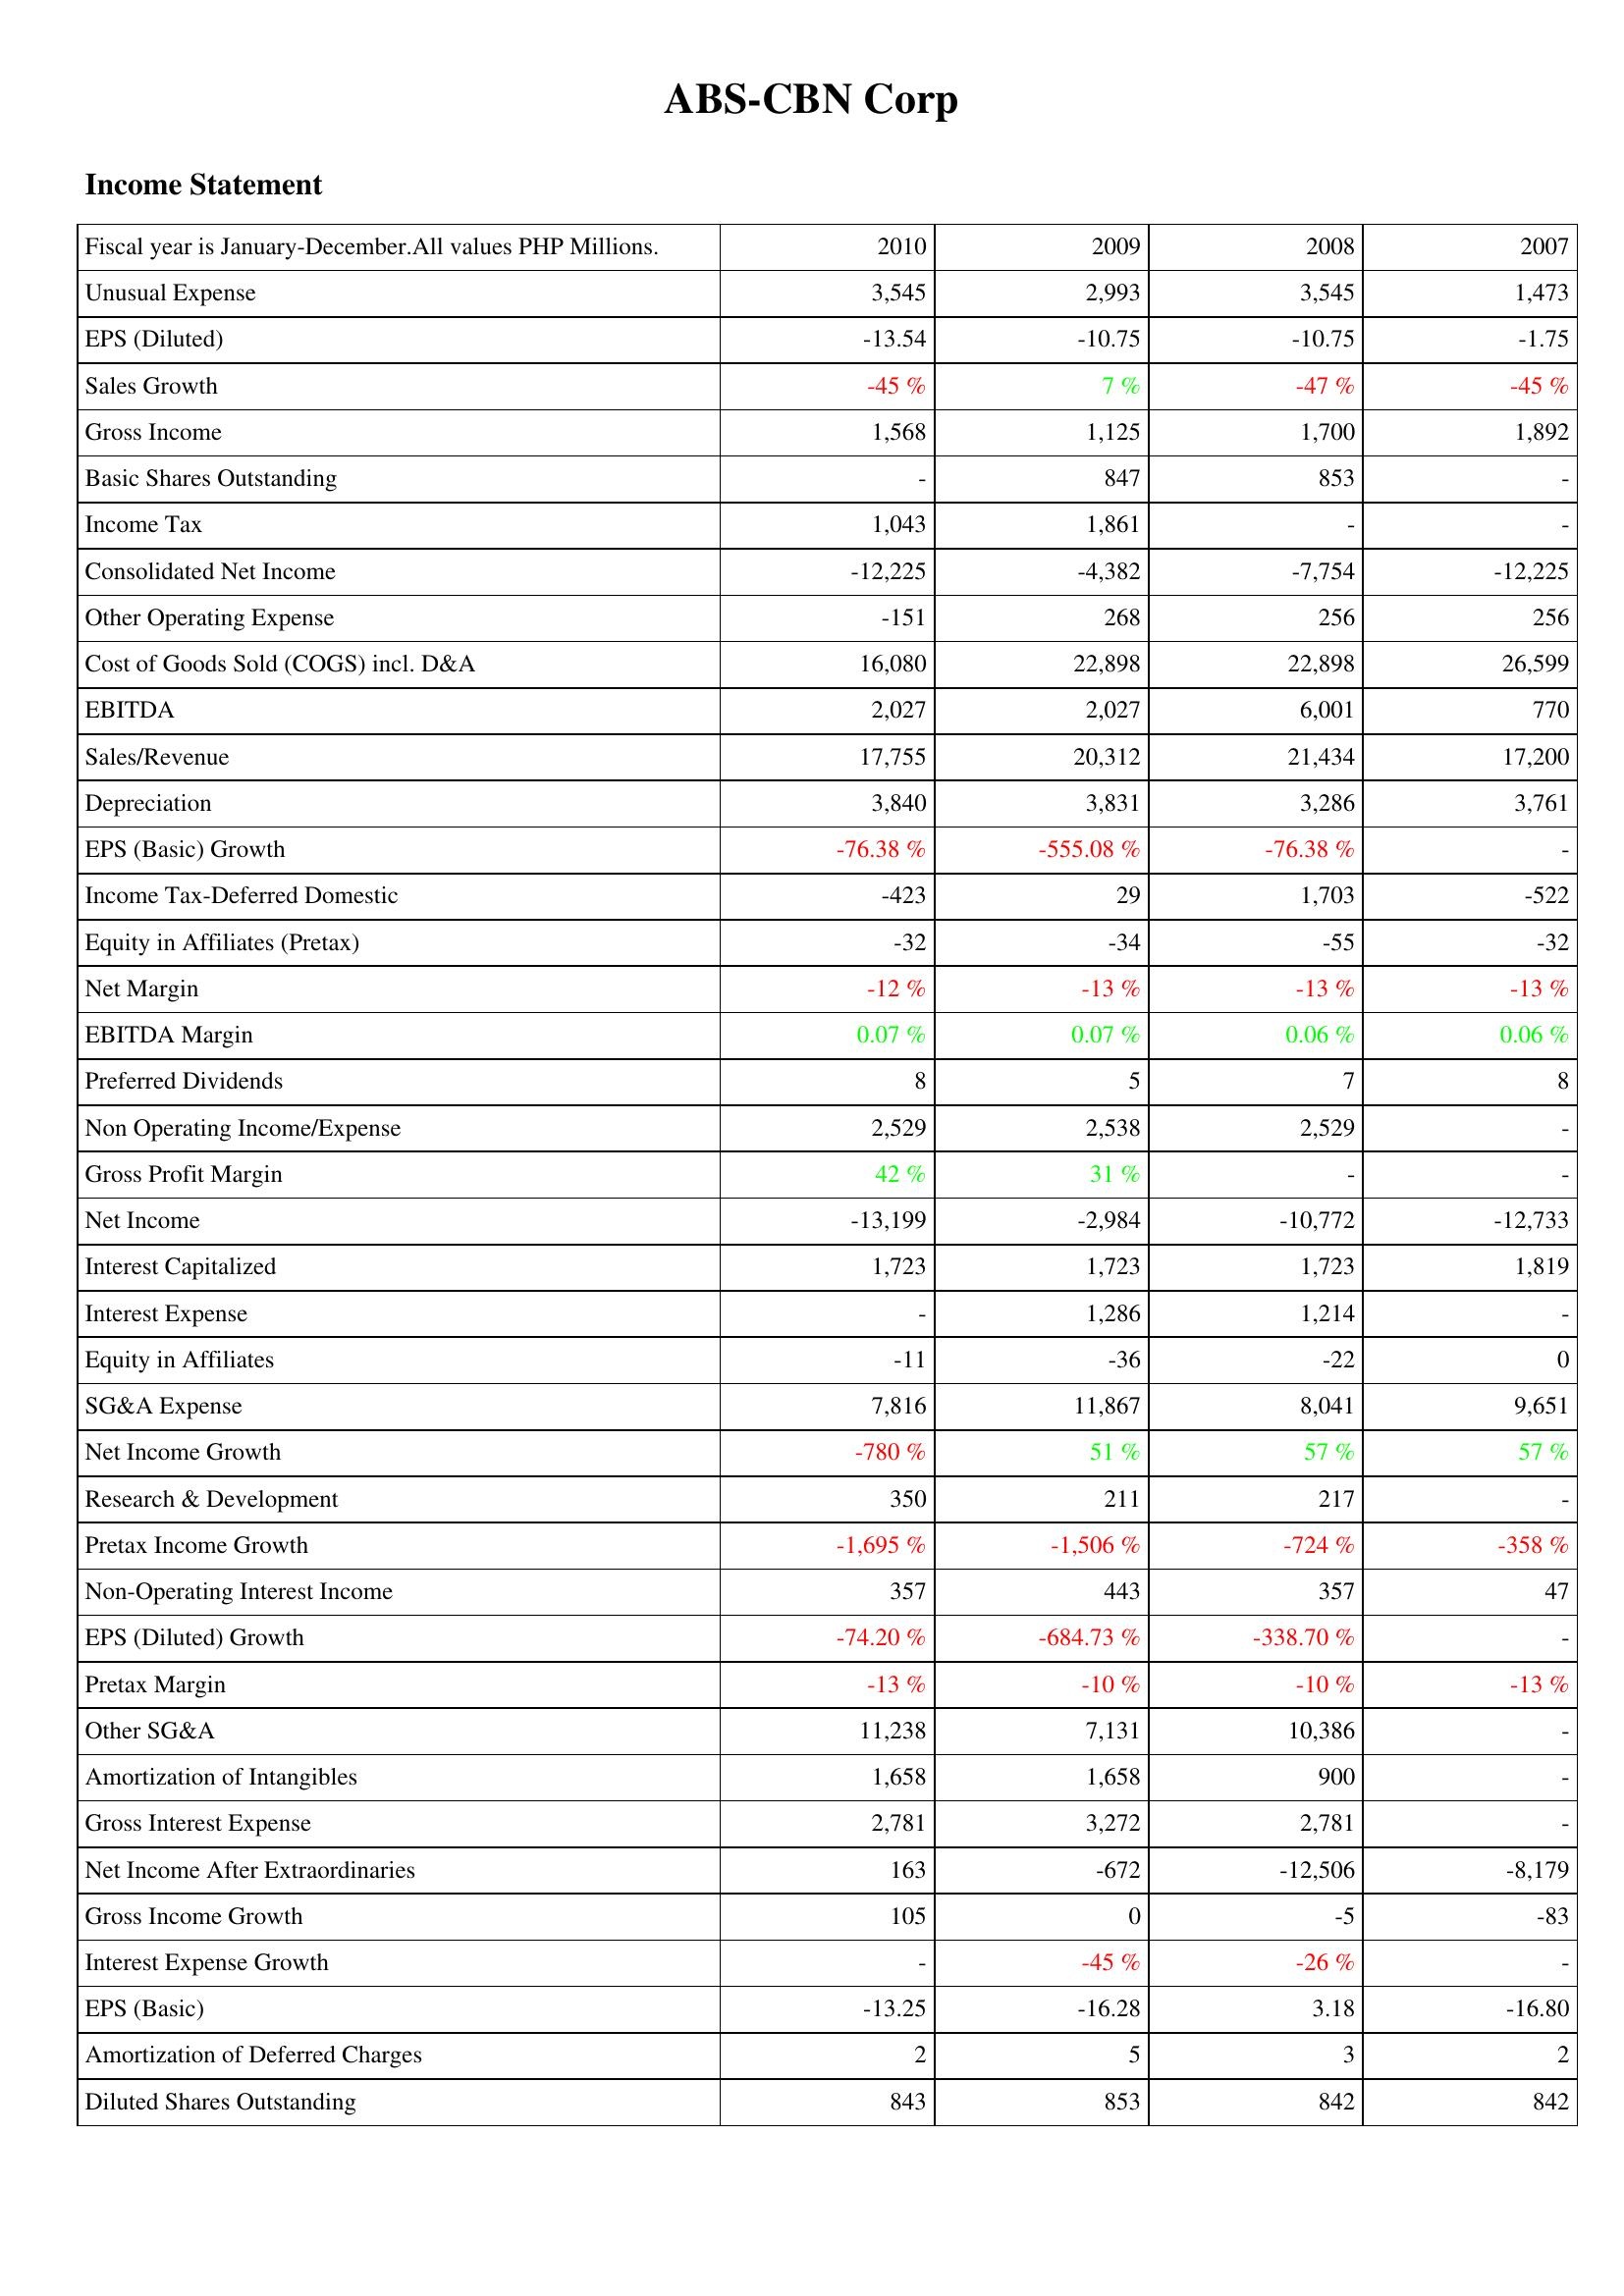
2010: Income Statement: Unusual Expense: 3,545
EPS (Diluted): -13.54
Sales Growth: -45 %
Gross Income: 1,568
Basic Shares Outstanding: -
Income Tax: 1,043
Consolidated Net Income: -12,225
Other Operating Expense: -151
Cost of Goods Sold (COGS) incl. D&A: 16,080
EBITDA: 2,027
Sales/Revenue: 17,755
Depreciation: 3,840
EPS (Basic) Growth: -76.38 %
Income Tax-Deferred Domestic: -423
Equity in Affiliates (Pretax): -32
Net Margin: -12 %
EBITDA Margin: 0.07 %
Preferred Dividends: 8
Non Operating Income/Expense: 2,529
Gross Profit Margin: 42 %
Net Income: -13,199
Interest Capitalized: 1,723
Interest Expense: -
Equity in Affiliates: -11
SG&A Expense: 7,816
Net Income Growth: -780 %
Research & Development: 350
Pretax Income Growth: -1,695 %
Non-Operating Interest Income: 357
EPS (Diluted) Growth: -74.20 %
Pretax Margin: -13 %
Other SG&A: 11,238
Amortization of Intangibles: 1,658
Gross Interest Expense: 2,781
Net Income After Extraordinaries: 163
Gross Income Growth: 105
Interest Expense Growth: -
EPS (Basic): -13.25
Amortization of Deferred Charges: 2
Diluted Shares Outstanding: 843
2009: Income Statement: Unusual Expense: 2,993
EPS (Diluted): -10.75
Sales Growth: 7 %
Gross Income: 1,125
Basic Shares Outstanding: 847
Income Tax: 1,861
Consolidated Net Income: -4,382
Other Operating Expense: 268
Cost of Goods Sold (COGS) incl. D&A: 22,898
EBITDA: 2,027
Sales/Revenue: 20,312
Depreciation: 3,831
EPS (Basic) Growth: -555.08 %
Income Tax-Deferred Domestic: 29
Equity in Affiliates (Pretax): -34
Net Margin: -13 %
EBITDA Margin: 0.07 %
Preferred Dividends: 5
Non Operating Income/Expense: 2,538
Gross Profit Margin: 31 %
Net Income: -2,984
Interest Capitalized: 1,723
Interest Expense: 1,286
Equity in Affiliates: -36
SG&A Expense: 11,867
Net Income Growth: 51 %
Research & Development: 211
Pretax Income Growth: -1,506 %
Non-Operating Interest Income: 443
EPS (Diluted) Growth: -684.73 %
Pretax Margin: -10 %
Other SG&A: 7,131
Amortization of Intangibles: 1,658
Gross Interest Expense: 3,272
Net Income After Extraordinaries: -672
Gross Income Growth: 0
Interest Expense Growth: -45 %
EPS (Basic): -16.28
Amortization of Deferred Charges: 5
Diluted Shares Outstanding: 853
2008: Income Statement: Unusual Expense: 3,545
EPS (Diluted): -10.75
Sales Growth: -47 %
Gross Income: 1,700
Basic Shares Outstanding: 853
Income Tax: -
Consolidated Net Income: -7,754
Other Operating Expense: 256
Cost of Goods Sold (COGS) incl. D&A: 22,898
EBITDA: 6,001
Sales/Revenue: 21,434
Depreciation: 3,286
EPS (Basic) Growth: -76.38 %
Income Tax-Deferred Domestic: 1,703
Equity in Affiliates (Pretax): -55
Net Margin: -13 %
EBITDA Margin: 0.06 %
Preferred Dividends: 7
Non Operating Income/Expense: 2,529
Gross Profit Margin: -
Net Income: -10,772
Interest Capitalized: 1,723
Interest Expense: 1,214
Equity in Affiliates: -22
SG&A Expense: 8,041
Net Income Growth: 57 %
Research & Development: 217
Pretax Income Growth: -724 %
Non-Operating Interest Income: 357
EPS (Diluted) Growth: -338.70 %
Pretax Margin: -10 %
Other SG&A: 10,386
Amortization of Intangibles: 900
Gross Interest Expense: 2,781
Net Income After Extraordinaries: -12,506
Gross Income Growth: -5
Interest Expense Growth: -26 %
EPS (Basic): 3.18
Amortization of Deferred Charges: 3
Diluted Shares Outstanding: 842
2007: Income Statement: Unusual Expense: 1,473
EPS (Diluted): -1.75
Sales Growth: -45 %
Gross Income: 1,892
Basic Shares Outstanding: -
Income Tax: -
Consolidated Net Income: -12,225
Other Operating Expense: 256
Cost of Goods Sold (COGS) incl. D&A: 26,599
EBITDA: 770
Sales/Revenue: 17,200
Depreciation: 3,761
EPS (Basic) Growth: -
Income Tax-Deferred Domestic: -522
Equity in Affiliates (Pretax): -32
Net Margin: -13 %
EBITDA Margin: 0.06 %
Preferred Dividends: 8
Non Operating Income/Expense: -
Gross Profit Margin: -
Net Income: -12,733
Interest Capitalized: 1,819
Interest Expense: -
Equity in Affiliates: 0
SG&A Expense: 9,651
Net Income Growth: 57 %
Research & Development: -
Pretax Income Growth: -358 %
Non-Operating Interest Income: 47
EPS (Diluted) Growth: -
Pretax Margin: -13 %
Other SG&A: -
Amortization of Intangibles: -
Gross Interest Expense: -
Net Income After Extraordinaries: -8,179
Gross Income Growth: -83
Interest Expense Growth: -
EPS (Basic): -16.80
Amortization of Deferred Charges: 2
Diluted Shares Outstanding: 842